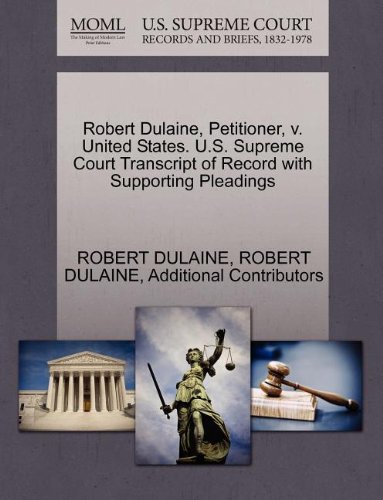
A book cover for Robert Dulaine, Petitioner, v. United States. U.S. Supreme Court Transcript of Record with Supporting Pleadings; ROBERT DULAINE; Law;